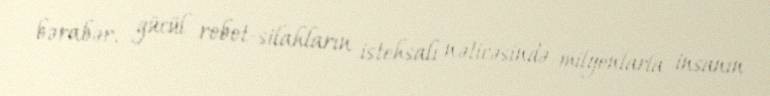
bərabər, gücül robot-silahların istehsalı nəticəsində milyonlarla insanın